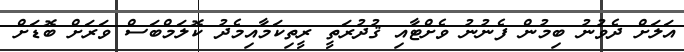
އަލަށް ދެވުނު ބިމުން ފެނުނު ވެށްޓާއި ޤުދުރަތީ ރީތިކަމާއިމެދު ކޮލަމްބަސް ވަރަށް ބޮޑަށް